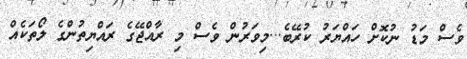
ވެސް މަޑު ނުކޮށް ހައްޔަރުު ކުރޭބެ...މިވަރުން ވެސް މި ރާއްޖޭގެ ރައްޔިތުންގެ ލޯތަކެއް